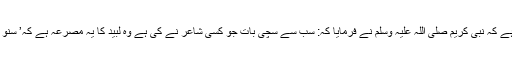
ایک روایت میں آتا ہے، حضرت ابوہریرہ ؓ سے روایت ہے کہ نبی کریم صلی اللہ علیہ وسلم نے فرمایا کہ: سب سے سچی بات جو کسی شاعر نے کی ہے وہ لبید کا یہ مصرعہ ہے کہ’ سنو اللہ کے سوا یقینا ہر چیز باطل اور مٹ جانے والی ہے‘۔